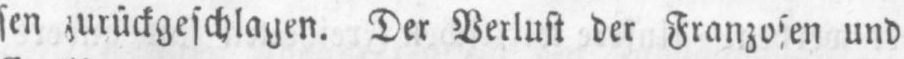
sen zurückgeschlagen. Der Verlust der Franzosen und